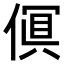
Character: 𫣎